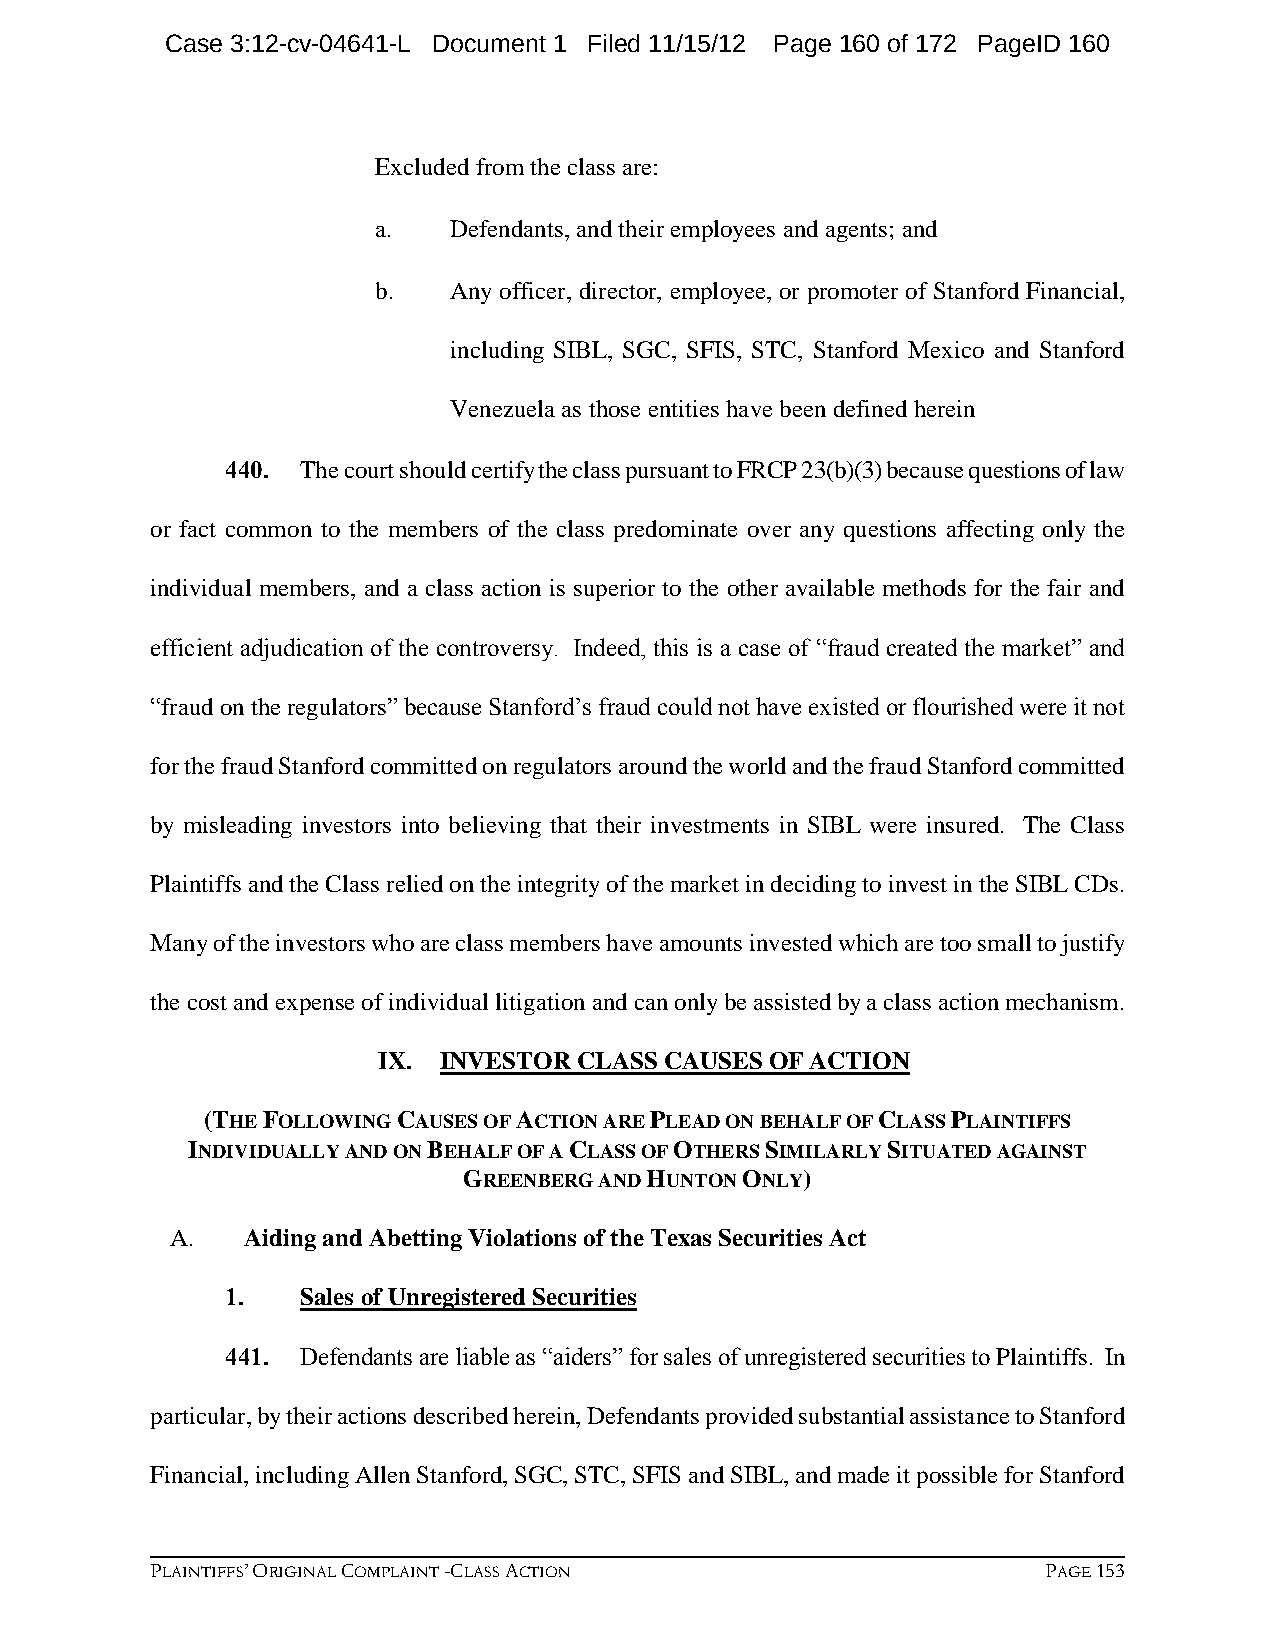
Case 3:12-cv-04641-L Document 1 Filed 11/15/12 Page 160 of 172 PageID 160
 Excluded from the class are:
 a.   Defendants, and their employees and agents; and
 b.   Any officer, director, employee, or promoter of Stanford Financial,
 including SIBL, SGC, SFIS, STC, Stanford Mexico and Stanford
 Venezuela as those entities have been defined herein
 440. The court should certify the class pursuant to FRCP 23(b)(3) because questions of law
 or fact common to the members of the class predominate over any questions affecting only the
 individual members, and a class action is superior to the other available methods for the fair and
 efficient adjudication of the controversy. Indeed, this is a case of “fraud created the market” and
 “fraud on the regulators” because Stanford’s fraud could not have existed or flourished were it not
 for the fraud Stanford committed on regulators around the world and the fraud Stanford committed
 by misleading investors into believing that their investments in SIBL were insured. The Class
 Plaintiffs and the Class relied on the integrity of the market in deciding to invest in the SIBL CDs.
 Many of the investors who are class members have amounts invested which are too small to justify
 the cost and expense of individual litigation and can only be assisted by a class action mechanism.
 IX. INVESTOR CLASS CAUSES OF ACTION
 (THE FOLLOWING CAUSES OF ACTION ARE PLEAD ON BEHALF OF CLASS PLAINTIFFS
 INDIVIDUALLY AND ON BEHALF OF A CLASS OF OTHERS SIMILARLY SITUATED AGAINST
 GREENBERG AND HUNTON ONLY)
 A.   Aiding and Abetting Violations of the Texas Securities Act
 1.   Sales of Unregistered Securities
 441. Defendants are liable as “aiders” for sales of unregistered securities to Plaintiffs. In
 particular, by their actions described herein, Defendants provided substantial assistance to Stanford
 Financial, including Allen Stanford, SGC, STC, SFIS and SIBL, and made it possible for Stanford
 PLAINTIFFS’ ORIGINAL COMPLAINT -CLASS ACTION               PAGE 153